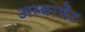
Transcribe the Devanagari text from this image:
अल्वार्पेट